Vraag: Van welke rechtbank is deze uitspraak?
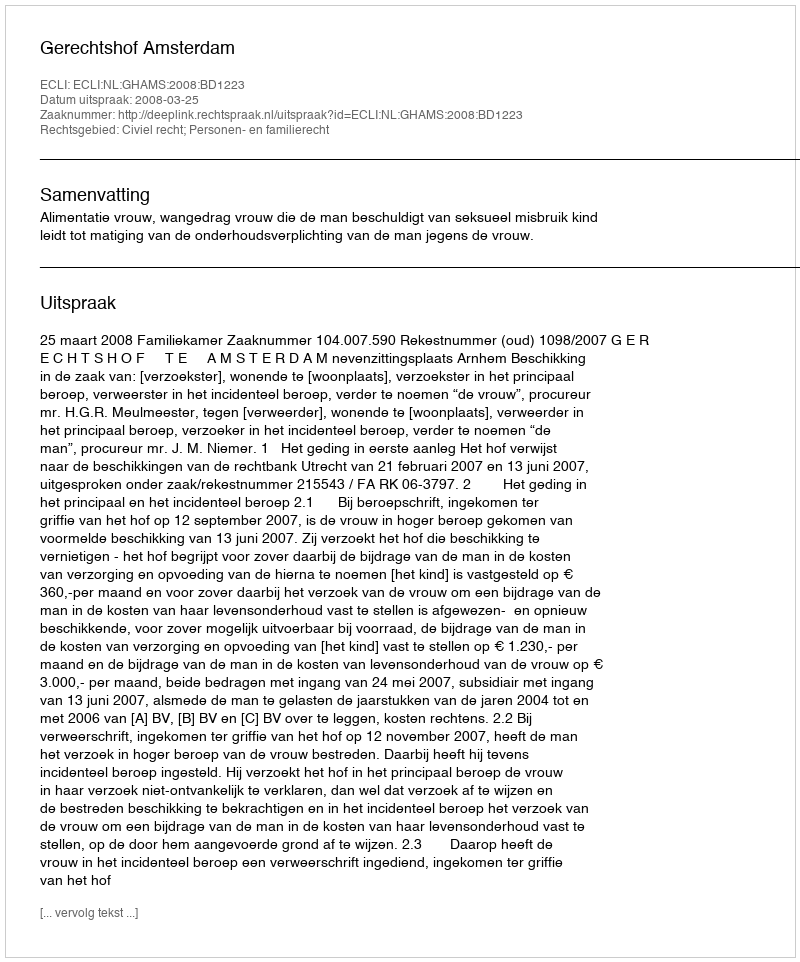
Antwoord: Gerechtshof Amsterdam